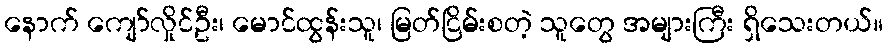
နောက် ကျော်လှိုင်ဦး၊ မောင်ထွန်းသူ၊ မြတ်ငြိမ်းစတဲ့ သူတွေ အများကြီး ရှိသေးတယ်။